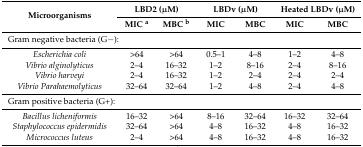
<table><thead><tr><td rowspan="2"><b>Microorganisms</b></td><td colspan="2"><b>LBD2 (μM)</b></td><td colspan="2"><b>LBDv (μM)</b></td><td colspan="2"><b>Heated LBDv (μM)</b></td></tr><tr><td><b>MIC <sup>a</sup></b></td><td><b>MBC <sup>b</sup></b></td><td><b>MIC</b></td><td><b>MBC</b></td><td><b>MIC</b></td><td><b>MBC</b></td></tr></thead><tbody><tr><td colspan="7">Gram negative bacteria (G−):</td></tr><tr><td><i>Escherichia coli</i></td><td>&gt;64</td><td>&gt;64</td><td>0.5–1</td><td>4–8</td><td>1–2</td><td>4–8</td></tr><tr><td><i>Vibrio alginolyticus</i></td><td>2–4</td><td>16–32</td><td>1–2</td><td>8–16</td><td>2–4</td><td>8–16</td></tr><tr><td><i>Vibrio harveyi</i></td><td>2–4</td><td>16–32</td><td>1–2</td><td>2–4</td><td>2–4</td><td>2–4</td></tr><tr><td><i>Vibrio Parahaemolyticus</i></td><td>32–64</td><td>32–64</td><td>1–2</td><td>4–8</td><td>2–4</td><td>4–8</td></tr><tr><td colspan="7">Gram positive bacteria (G+):</td></tr><tr><td><i>Bacillus licheniformis</i></td><td>16–32</td><td>&gt;64</td><td>8–16</td><td>32–64</td><td>16–32</td><td>32–64</td></tr><tr><td><i>Staphylococcus epidermidis</i></td><td>32–64</td><td>&gt;64</td><td>4–8</td><td>16–32</td><td>4–8</td><td>16–32</td></tr><tr><td><i>Micrococcus luteus</i></td><td>2–4</td><td>&gt;64</td><td>4–8</td><td>16–32</td><td>4–8</td><td>16–32</td></tr></tbody></table>